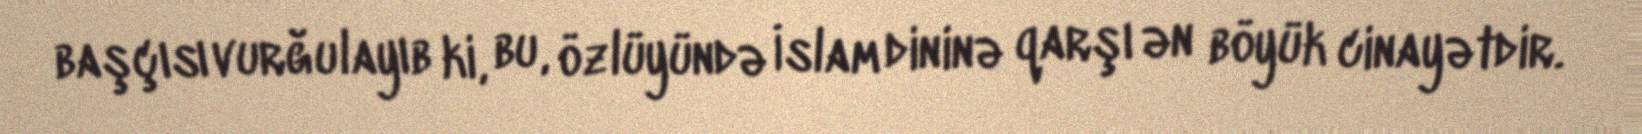
başçısı vurğulayıb ki, bu, özlüyündə İslam dininə qarşı ən böyük cinayətdir.